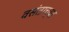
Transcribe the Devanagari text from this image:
वसंताच्या